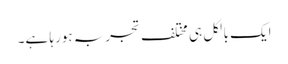
ایک بالکل ہی مختلف تجربہ ہورہا ہے۔